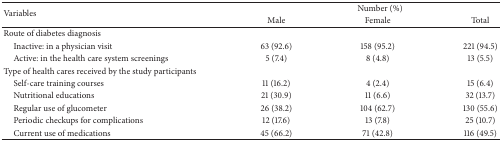
| <ROWSPAN=2> Variables | <COLSPAN=3> Number (%) |
 | Male | Female | Total |
 | --- | --- | --- | --- |
 | Route of diabetes diagnosis |  |  |  |
 | Inactive: in a physician visit | 63 (92.6) | 158 (95.2) | 221 (94.5) |
 | Active: in the health care system screenings | 5 (7.4) | 8 (4.8) | 13 (5.5) |
 | Type of health cares received by the study participants |  |  |  |
 | Self-care training courses | 11 (16.2) | 4 (2.4) | 15 (6.4) |
 | Nutritional educations | 21 (30.9) | 11 (6.6) | 32 (13.7) |
 | Regular use of glucometer | 26 (38.2) | 104 (62.7) | 130 (55.6) |
 | Periodic checkups for complications | 12 (17.6) | 13 (7.8) | 25 (10.7) |
 | Current use of medications | 45 (66.2) | 71 (42.8) | 116 (49.5) |